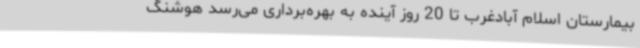
بیمارستان اسلام آبادغرب تا 20 روز آینده به بهره‌برداری می‌رسد هوشنگ